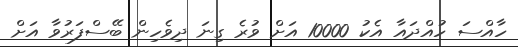
ހާއްސަ ހުއްދައާ އެކު 10000 އަށް ވުރެ ގިނަ ދިވެހިން ބޭސްފަރުވާ އަށް